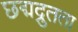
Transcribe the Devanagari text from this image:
छद्मद्रुतता